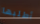
أطلبها